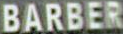
BARBER